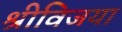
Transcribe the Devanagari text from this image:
श्रीविजया